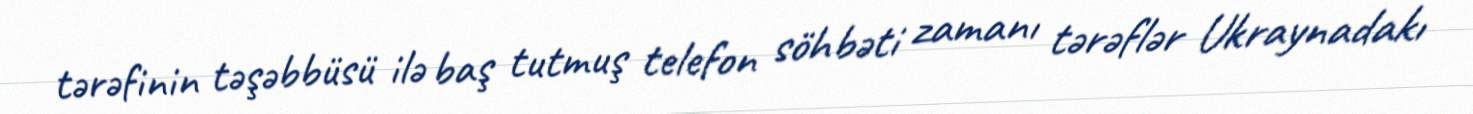
tərəfinin təşəbbüsü ilə baş tutmuş telefon söhbəti zamanı tərəflər Ukraynadakı